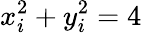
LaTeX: x_{i}^{2}+y_{i}^{2}=4